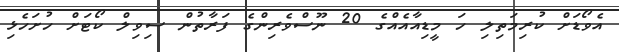
އެވޯޑަށް ކުރިމަތިލި ހަ މީޑިއާއެއްގެ 20 ނޫސްވެރިންގެ ފަރާތުން ސިވިލް ކޯޓަށް ހުށަހެޅި